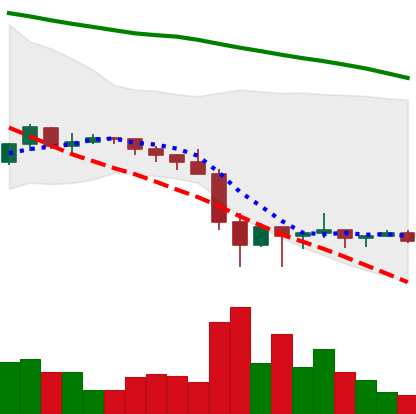
Ticker: XRP-USD
Chart end date: 2022-01-30
Forward return: 8.736%
Label: up_7plus